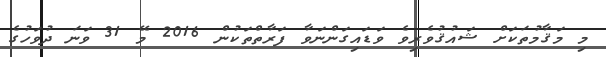
މި މަޤާމުތަކަށް ޝައުޤުވެރިވެ ވަޑައިގަންނަވާ ފަރާތްތަކުން 2016 މޭ 31 ވަނަ ދުވަހުގެ